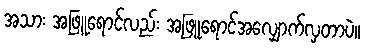
အသား အဖြူရောင်လည်း အဖြူရောင်အလျှောက်လှတာပဲ။